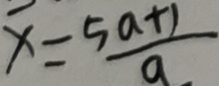
x = \frac { 5 a + 1 } { a }